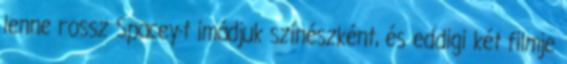
lenne rossz Spacey-t imádjuk színészként, és eddigi két filmje